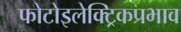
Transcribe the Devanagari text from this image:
फोटोइलेक्ट्रिकप्रभाव